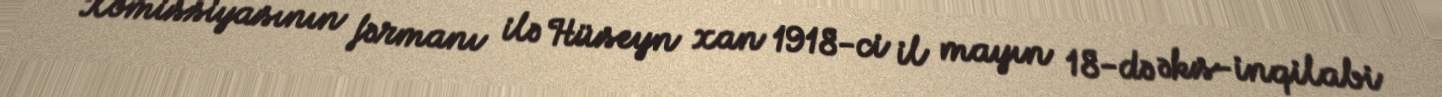
Komissiyasının fərmanı ilə Hüseyn xan 1918-ci il mayın 18-də əks-inqilabi